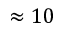
\approx 1 0